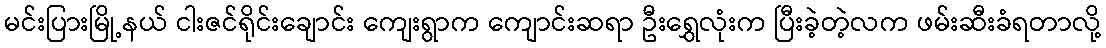
မင်းပြားမြို့နယ် ငါးဇင်ရိုင်းချောင်း ကျေးရွာက ကျောင်းဆရာ ဦးရွှေလုံးက ပြီးခဲ့တဲ့လက ဖမ်းဆီးခံရတာလို့